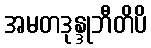
အမတဒုန္ဒုဘီတိပိ